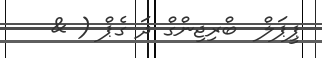
ޕީޕަލް  ބްރިޖިންގް ދަ ގެޕް ( &